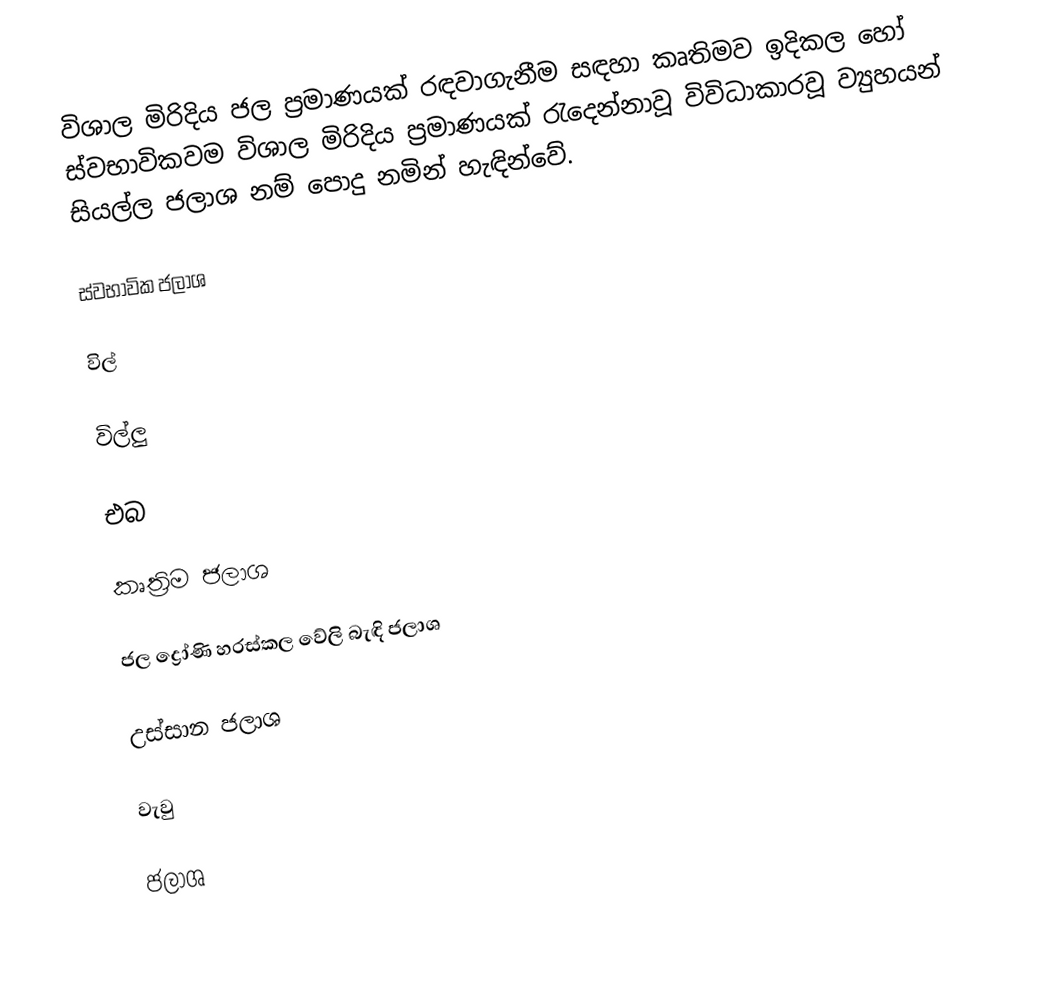
විශාල මිරිදිය ජල ප්‍රමාණයක් රඳවාගැනීම  සඳහා කෘතිමව ඉදිකල හෝ ස්වභාවිකවම විශාල මිරිදිය ප්‍රමාණයක් රැදෙන්නාවූ විවිධාකාරවූ ව්‍යුහයන් සියල්ල ජලාශ නම් පොදු නමින් හැඳින්වේ.

ස්වභාවික ජලාශ

විල්

විල්ලු

එබ

කෘත්‍රිම ජලාශ

ජල ද්‍රෝණි හරස්කල වේලි බැඳි ජලාශ

උස්සාන ජලාශ

වැවු

ජලාශ